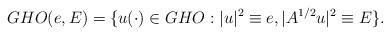
LaTeX: \begin{align*}GHO(e,E)=\{u(\cdot) \in GHO: |u|^2\equiv e, |A^{1/2}u|^2 \equiv E\}.\end{align*}